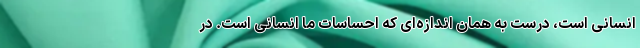
انسانی است، درست به همان اندازه‌‌ای که احساسات ما انسانی است. در